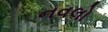
નવલો